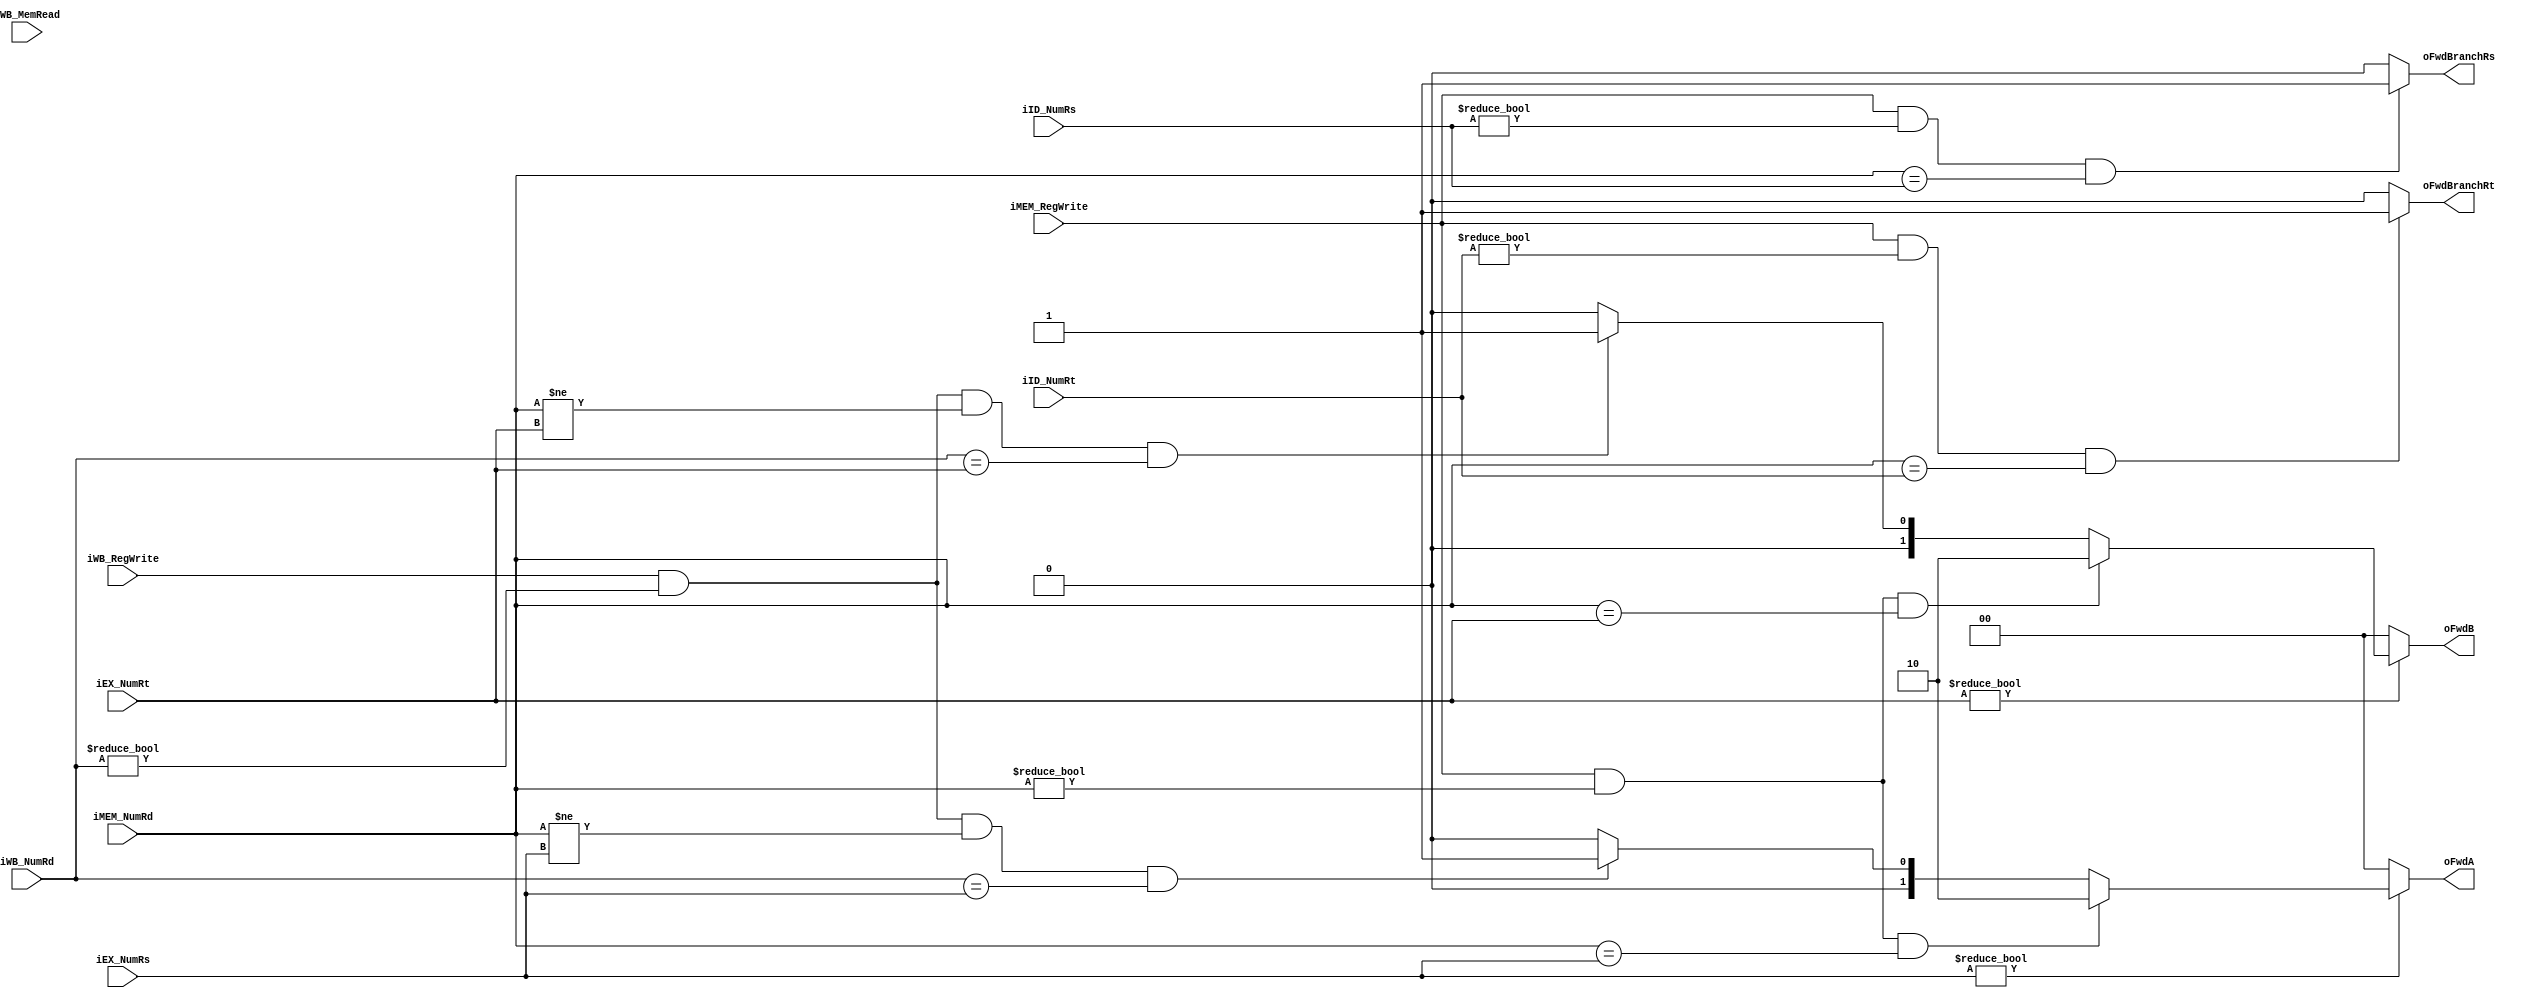
/*
 * Unidade de Forward
 * 
 * iID_NumRs:       Numero do registrador rs no estagio ID
 * iID_NumRt:       Numero do registrador rt no estagio ID
 * iEX_NumRs:       Numero do registrador rs no estagio EX
 * iEX_NumRt:       Numero do registrador rt no estagio EX
 * iMEM_NumRd:      Numero do registrador rd no estagio MEM
 * iMEM_RegWrite:   Se a instrucao no estagio MEM escreve no banco de registradores
 * iWB_NumRd:       Numero do registrador rd no estagio WB
 * iWB_RegWrite:    Se a instrucao no estagio WB escreve no banco de registradores
 * iWB_MemRead:     Se a instrucao no estagio WB le da memoria
 * oFwdA/B:         Seletores de mux para as entradas A/B da ALU
 *                    10 - Forwarding MEM -> EX
 *                    01 - Forwarding WB -> EX
 *                    00 - Sem forwarding 
 * oFwdBranchRs/Rt: Seletores de mux para as entradas no calculo de branch (ID)
 * 
 */

module ForwardUnit (
	iID_NumRs,
	iID_NumRt,
	iEX_NumRs, 
	iEX_NumRt, 
	iMEM_NumRd, 
	iMEM_RegWrite, 
	iWB_NumRd, 
	iWB_RegWrite,
	iWB_MemRead,
	oFwdA, 
	oFwdB,
	oFwdBranchRs,
	oFwdBranchRt
);
	input wire [4:0] iID_NumRs, iID_NumRt;
	input wire [4:0] iEX_NumRs, iEX_NumRt;
	input wire [4:0] iMEM_NumRd, iWB_NumRd;
	input wire iMEM_RegWrite, iWB_RegWrite, iWB_MemRead;
	output reg [1:0] oFwdA, oFwdB;
	output reg oFwdBranchRs, oFwdBranchRt;
	
	always @( * )
	begin
		// Se MEM_NumRD == WB_NumRD, MEM tem prioridade por ser mais recente
		if(iEX_NumRs!=0)
		// rs
		oFwdA = ((iMEM_RegWrite) && (iMEM_NumRd != 0) && (iMEM_NumRd == iEX_NumRs)) ? 2'b10 // MEM -> EX
		  : ((iWB_RegWrite) && (iWB_NumRd != 0) && (iMEM_NumRd != iEX_NumRs) && (iWB_NumRd == iEX_NumRs)) ? 2'b01 // WB -> EX
          : 2'b00; // sem forwarding
		else
			oFwdA = 2'b00;
		
		if(iEX_NumRt!=0)
		// rt
		oFwdB = ((iMEM_RegWrite) && (iMEM_NumRd != 0) && (iMEM_NumRd == iEX_NumRt)) ? 2'b10 // MEM -> WB
          : ((iWB_RegWrite) && (iWB_NumRd != 0) && (iMEM_NumRd != iEX_NumRt) && (iWB_NumRd == iEX_NumRt)) ? 2'b01 // WB -> EX
          : 2'b00; // sem forwarding
          else
			oFwdB = 2'b00;
		
		// MEM -> ID (branch)
		//Retirado, pois tomava valores de instrues que sequer escreviam no banco de regs para escrev-las em ID_RS e ID_RT
		//oFwdBranchRs = (!iWB_MemRead && (iID_NumRs != 0) && (iMEM_NumRd == iID_NumRs)) ? 1'b1 : 1'b0;
		//oFwdBranchRt = (!iWB_MemRead && (iID_NumRt != 0) && (iMEM_NumRd == iID_NumRt)) ? 1'b1 : 1'b0;
		oFwdBranchRs = ( iMEM_RegWrite && (iID_NumRs != 0) && (iMEM_NumRd == iID_NumRs)) ? 1'b1 : 1'b0;
		oFwdBranchRt = ( iMEM_RegWrite && (iID_NumRt != 0) && (iMEM_NumRd == iID_NumRt)) ? 1'b1 : 1'b0;		
	end 
	
endmodule